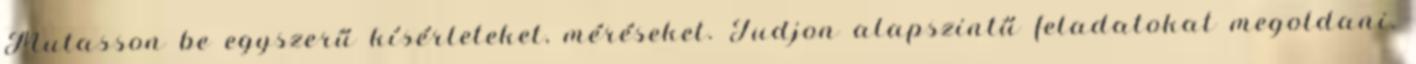
Mutasson be egyszerű kísérleteket, méréseket. Tudjon alapszintű feladatokat megoldani.